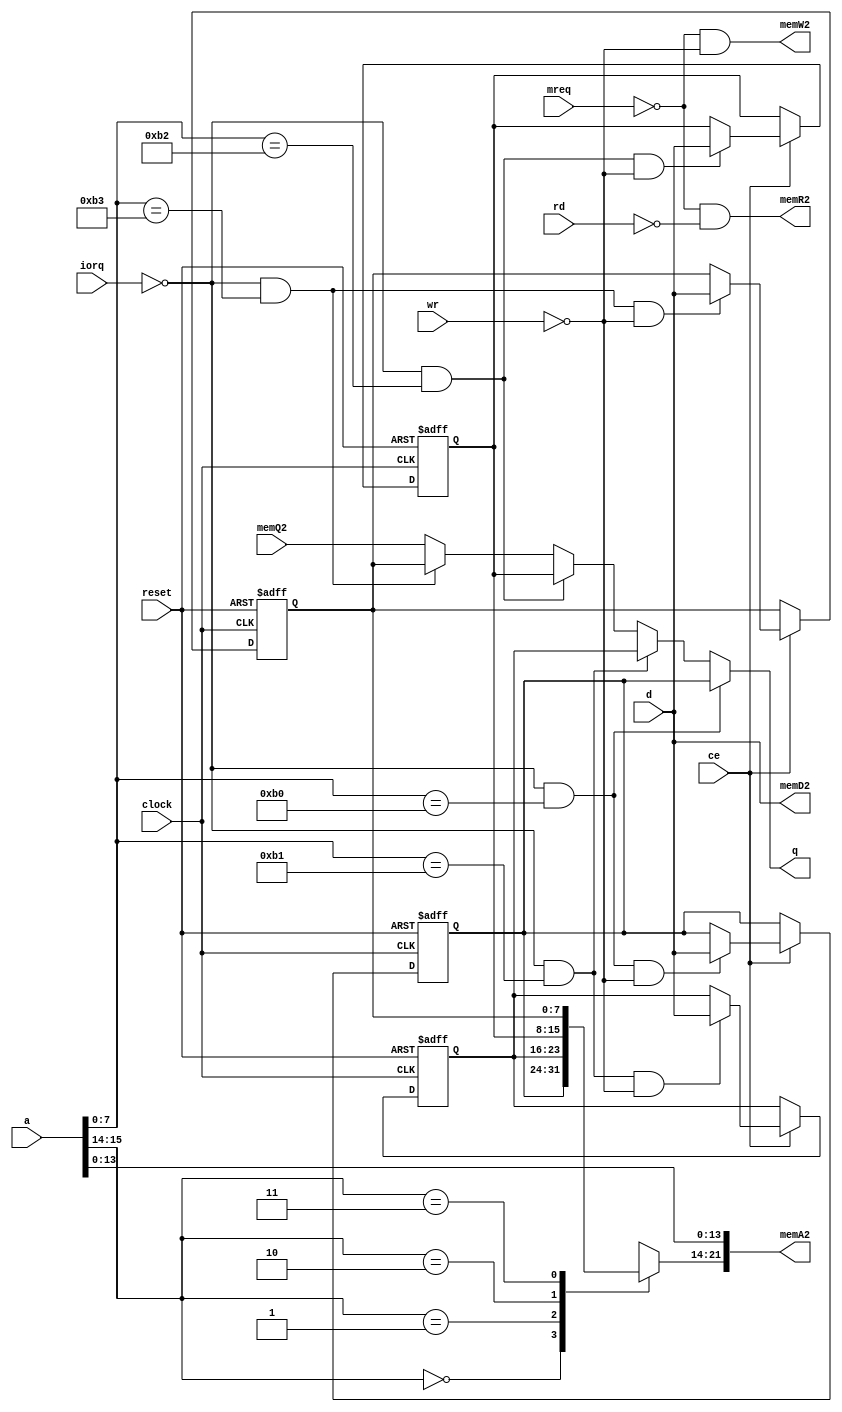
//-------------------------------------------------------------------------------------------------
//  Elan Enterprise memory
//-------------------------------------------------------------------------------------------------
//  This file is part of the Elan Enterprise FPGA implementation project.
//  Copyright (C) 2023 Kyp069 <kyp069@gmail.com>
//
//  This program is free software; you can redistribute it and/or modify it under the terms 
//  of the GNU General Public License as published by the Free Software Foundation;
//  either version 3 of the License, or (at your option) any later version.
//
//  This program is distributed in the hope that it will be useful, but WITHOUT ANY WARRANTY;
//  without even the implied warranty of MERCHANTABILITY or FITNESS FOR A PARTICULAR PURPOSE.
//  See the GNU General Public License for more details.
//
//  You should have received a copy of the GNU General Public License along with this program;
//  if not, If not, see <https://www.gnu.org/licenses/>.
//-------------------------------------------------------------------------------------------------
module memory
//-------------------------------------------------------------------------------------------------
(
	input  wire       clock,
	input  wire       ce,

	input  wire       reset,
	input  wire       iorq,
	input  wire       mreq,
	input  wire       rd,
	input  wire       wr,
	input  wire[15:0] a,
	input  wire[ 7:0] d,
	output wire[ 7:0] q,

	output wire[21:0] memA2,
	output wire[ 7:0] memD2,
	input  wire[ 7:0] memQ2,
	output wire       memR2,
	output wire       memW2
);
//-------------------------------------------------------------------------------------------------

wire ioB0 = !iorq && a[7:0] == 8'hB0;
wire ioB1 = !iorq && a[7:0] == 8'hB1;
wire ioB2 = !iorq && a[7:0] == 8'hB2;
wire ioB3 = !iorq && a[7:0] == 8'hB3;

reg[7:0] regB0;
reg[7:0] regB1;
reg[7:0] regB2;
reg[7:0] regB3;

always @(posedge clock, negedge reset)
	if(!reset) begin
		regB0 <= 8'h00;
		regB1 <= 8'h00;
		regB2 <= 8'h00;
		regB3 <= 8'h00;
	end
	else if(ce) begin
		if(ioB0 && !wr) regB0 <= d;
		if(ioB1 && !wr) regB1 <= d;
		if(ioB2 && !wr) regB2 <= d;
		if(ioB3 && !wr) regB3 <= d;
	end

reg[7:0] page;

always @(*) case(a[15:14])
	0: page = regB0;
	1: page = regB1;
	2: page = regB2;
	3: page = regB3;
endcase

//-------------------------------------------------------------------------------------------------

assign q
	= ioB0 ? regB0
	: ioB1 ? regB1
	: ioB2 ? regB2
	: ioB3 ? regB3
	:        memQ2;

assign memA2 = { page, a[13:0] };
assign memD2 = d;
assign memR2 = !mreq && !rd;
assign memW2 = !mreq && !wr;

//-------------------------------------------------------------------------------------------------
endmodule
//-------------------------------------------------------------------------------------------------